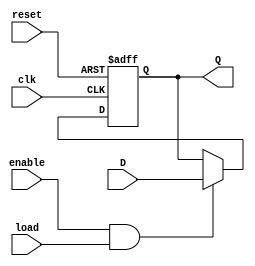
module ControlRegister (
    input wire clk,          // Clock signal
    input wire reset,        // Reset signal
    input wire load,         // Load signal to store data
    input wire enable,       // Enable signal for updating the register
    input wire [3:0] D,      // 4-bit data input
    output reg [3:0] Q       // 4-bit data output
);
    
    // Initial value for the register
    initial begin
        Q = 4'b0000;          // Default state on initialization
    end

    // Sequential logic for Control Register
    always @(posedge clk or posedge reset) begin
        if (reset) begin
            Q <= 4'b0000;     // Reset the register to 0
        end else if (enable && load) begin
            Q <= D;           // Load new data into the register
        end
    end
endmodule